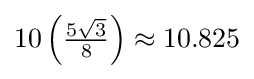
10\left({\tfrac {5{\sqrt {3}}}{8}}\right)\approx 10.825